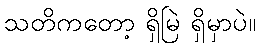
သတိကတော့ ရှိမြဲ ရှိမှာပဲ။